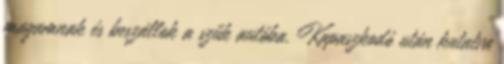
magamnak és beszállok a szűk autóba. Kapaszkodó után kutatva